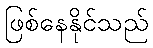
ဖြစ်နေနိုင်သည်